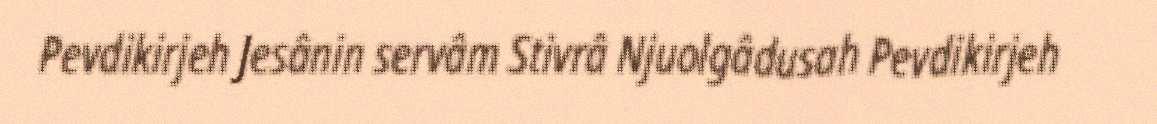
Pevdikirjeh Jesânin servâm Stivrâ Njuolgâdusah Pevdikirjeh